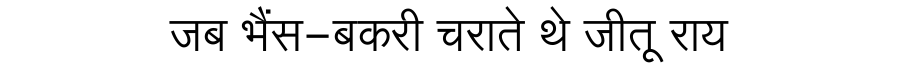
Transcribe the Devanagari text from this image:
जब भैंस-बकरी चराते थे जीतू राय